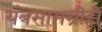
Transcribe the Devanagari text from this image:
यंत्रसामग्रीही